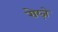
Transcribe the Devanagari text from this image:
रोय्ज़े